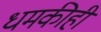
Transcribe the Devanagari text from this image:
धमकीही